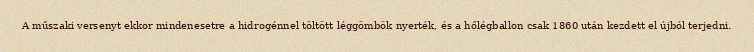
A műszaki versenyt ekkor mindenesetre a hidrogénnel töltött léggömbök nyerték, és a hőlégballon csak 1860 után kezdett el újból terjedni.